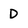
Character: D